Sanitation, dispensaries and jails vaccination Rajputana 1922-1927 - 1922-1927
Year: 1922
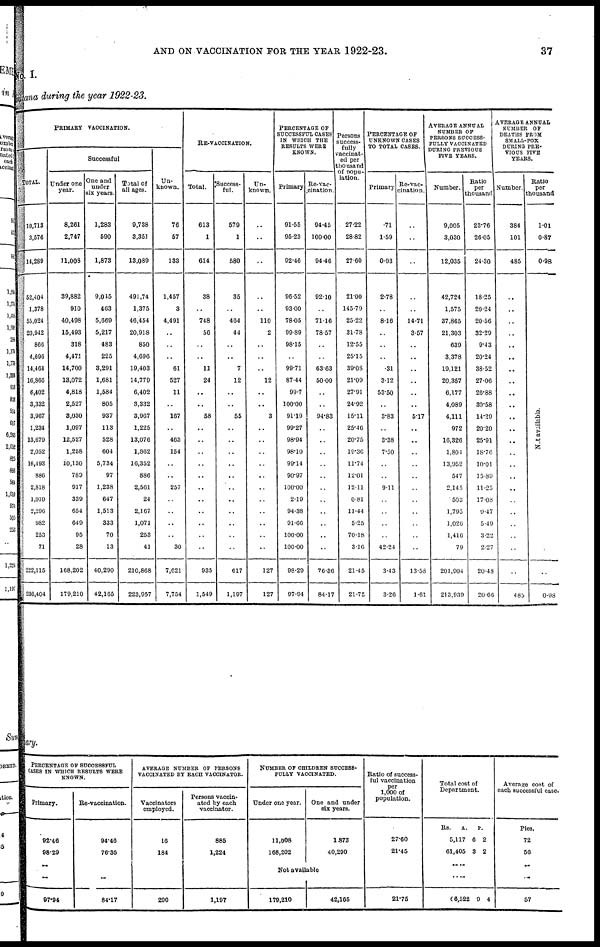
AND ON VACCINATION FOR THE YEAR 1922-23.
37
No. I.
Rajputana during the year 1922-23.
PRIMARY
VACCINATION.
TOTAL.
10,713
3,576
14,289
52,404
1,378
55,024
20,942
866
4,696
14,464
16,866
6,402
3,332
3,967
1,234
13,679
2,052
16,493
886
2,818
1,010
2,296
982
253
71
222,115
236,404
Successful
Under one
year.
8,261
2,747
11,008
39,882
910
40,498
15,493
318
4,471
14,700
13,072
4,818
2,527
3,030
1,097
12,527
1,258
10,130
789
917
339
654
649
95
28
168,202
179,210
One and
under
six years.
1,283
590
1,873
9,045
463
5,669
5,217
483
225
3,291
1,681
1,584
805
937
113
528
604
5,734
97
1,238
647
1,513
333
70
13
40,290
42,165
Total of
all ages.
9,738
3,351
13,089
491,74
1,375
46,454
20,918
850
4,696
19,403
14,779
6,402
3,332
3,967
1,225
13,076
1,862
16,352
886
2,561
24
2,167
1,071
253
41
210,868
223,957
Un-
known.
76
57
133
1,457
3
4,491
..
..
..
61
527
11
..
167
..
463
154
..
..
257
..
..
..
..
30
7,621
7,754
RE-VACCINATION.
Total.
613
1
614
38
..
748
56
..
..
11
24
..
..
58
..
..
..
..
..
..
..
..
..
..
..
935
1,549
Success-
ful.
579
1
580
35
..
464
44
..
..
7
12
..
..
55
..
..
..
..
..
..
..
..
..
..
..
617
1,197
Un-
known.
..
..
..
..
..
110
2
..
..
..
12
..
..
3
..
..
..
..
..
..
..
..
..
..
..
127
127
PERCENTAGE OF
SUCCESSFUL CASES
IN WHICH THE
RESULTS WERE
KNOWN.
Primary
91·55
95.23
92.46
96.52
93.00
78.05
99.89
98.15
..
99.71
87.44
99.7
100.00
91.19
99.27
98.94
98.10
99.14
90.97
100.00
2.19
94.38
91.66
100.00
100.00
98.29
97.94
Re-vac-
cination.
94.45
100.00
94.46
92.10
..
71.16
78.57
..
..
63.63
50.00
..
..
94.83
..
..
..
..
..
..
..
..
..
..
..
76.36
84.17
Persons
success-
fully
vaccinat-
ed per
thousand
of popu-
lation.
27.22
28.82
27.60
21.00
145.79
25.22
31.78
12.55
25.15
39.08
21.09
27.91
24.92
15.11
25.46
20.75
19.36
11.74
12.01
12.11
0·81
11.44
5.25
70.18
3.16
21.45
21.75
PERCENTAGE OF
UNKNOWN CASES
TO TOTAL CASES.
Primary
.71
1.59
0.93
2.78
..
8.16
..
..
..
.31
3.12
53.50
..
3.83
..
3.38
7.50
..
..
9.11
..
..
..
..
42·24
3.43
3.26
Re-vac¬
cination.
..
..
..
..
..
14.71
3.57
..
..
..
..
..
..
5.17
..
..
..
..
..
..
..
..
..
..
..
13.53
1.61
AVERAGE ANNUAL
NUMBER OF
PERSONS SUCCESS-
FULLY VACCINATED
DURING PREVIOUS
FIVE YEARS.
Number.
9,005
3,030
12,035
42,724
1,575
37,865
21,303
639
3,378
19,121
20,357
6,177
4,089
4,111
972
10,326
1,804
13,952
547
2,145
503
1,795
1,026
1,416
79
201,904
213,939
Ratio
per
thousand
23.76
26.05
24.30
18.25
20.24
20.56
32.29
9.43
20.24
38.52
27.06
26.88
30.58
14.29
20.20
25.91
18.76
10.01
15·89
11.25
17.08
9.47
5.49
3.22
2.27
20.48
20.66
AVERAGE ANNUAL
NUMBER OF
DEATHS FROM
SMALL-POX
DURING PRE-
VIOUS FIVE
YEARS.
Number.
384
101
485
..
..
..
..
..
..
..
..
..
..
..
..
..
..
..
..
..
..
..
..
..
..
..
485
Ratio
per
thousand
1.01
0.87
0.98
Not available.
0.98
mary.
PERCENTAGE OF SUCCESSFUL
CASES IN WHICH RESULTS WERE
KNOWN.
Primary.
92.46
98.29
..
..
97.94
Re-vaccination.
94.46
76.36
..
84.17
AVERAGE NUMBER OF PERSONS
VACCINATED BY EACH VACCINATOR.
Vaccinators
employed.
16
184
200
Persons vaccin-
ated by each
vaccinator.
885
1,224
1,197
NUMBER OF CHILDERN SUCCESS-
----- VACCINATED.
Under one year.
11,008
168,202
One and under
six years.
1873
40,290
Not available
179,210
42,165
Ratio of success-
ful vaccination
per
1,000 of
population.
27.60
21.45
21.75
Total cost of
Department.
Rs.
A.
5,117
61,405
P.
6
3
2
2
.. ..
.. ..
66,522 9 4
Average cost of
each successful case.
Pies.
72
56
..
..
57